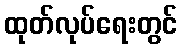
ထုတ်လုပ်ရေးတွင်